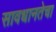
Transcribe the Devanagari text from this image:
सावधानतेचा